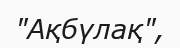
"Ақбүлақ",